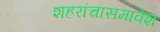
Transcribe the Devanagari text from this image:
शहरांचासमावेश